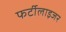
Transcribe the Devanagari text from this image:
फर्टीलाइजर